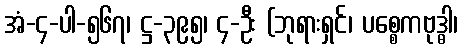
အံ-၄-ပါ-၅၆၇၊ ဋ္ဌ-၃၉၅၊ ၄-ဦး (ဘုရားရှင်၊ ပစ္စေကဗုဒ္ဓါ၊